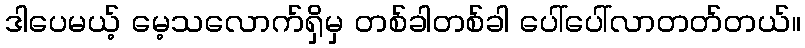
ဒါပေမယ့် မေ့သလောက်ရှိမှ တစ်ခါတစ်ခါ ပေါ်ပေါ်လာတတ်တယ်။